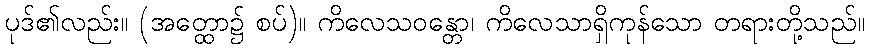
ပုဒ်၏လည်း။ (အတ္ထော၌ စပ်)။ ကိလေသဝန္တော၊ ကိလေသာရှိကုန်သော တရားတို့သည်။